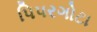
પિપરગોટા